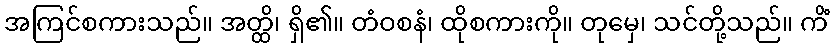
အကြင်စကားသည်။ အတ္ထိ၊ ရှိ၏။ တံဝစနံ၊ ထိုစကားကို။ တုမှေ၊ သင်တို့သည်။ ကိံ